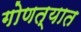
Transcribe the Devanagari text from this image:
गोणत्यात